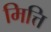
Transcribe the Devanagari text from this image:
मित्ति